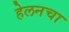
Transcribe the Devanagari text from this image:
हेलनचा